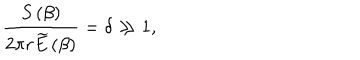
\frac { S \left( \beta \right) } { 2 \pi r \widetilde { E } \left( \beta \right) } = \delta \gg 1 ,